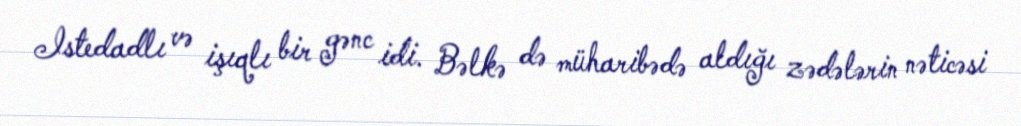
Istedadlı və işıqlı bir gənc idi. Bəlkə də müharibədə aldığı zədələrin nəticəsi